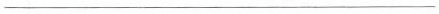
___